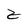
Character: z